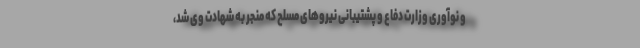
و نوآوری وزارت دفاع و پشتیبانی نیروهای مسلح که منجر به شهادت وی شد،